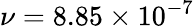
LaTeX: \nu=8.85\times 10^{-7}